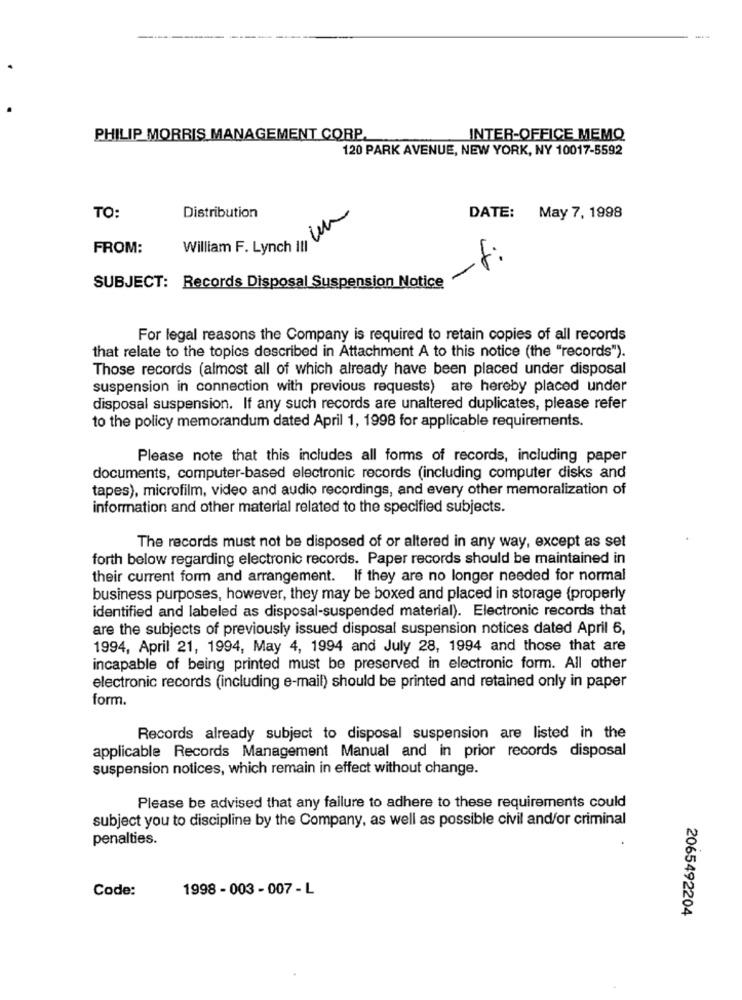
PHILIP MORRIS MANAGEMENT CORP.
INTER-OFFICE MEMQ
120 PARK AVENUE, NEW YORK, NY 10017-5592
TO:
Distribution
DATE: May 7, 1998
William F. Lynch , Un
FROM:
-f:
SUBJECT: Records Disposal Suspension Notice
For legal reasons the Company is required to retain copies of all records
that relate to the topics described in Attachment A to this notice (the "records").
Those records (almost all of which already have been placed under disposal
suspension in connection with previous requests) are hereby placed under
disposal suspension. If any such records are unaltered duplicates, please refer
to the policy memorandum dated April 1, 1998 for applicable requirements.
Please note that this includes all forms of records, including paper
documents, computer-based electronic records (including computer disks and
tapes), microfilm, video and audio recordings, and every other memoralization of
information and other material related to the specified subjects.
The records must not be disposed of or altered in any way, except as set
forth below regarding electronic records. Paper records should be maintained in
their current form and arrangement. If they are no longer needed for normal
business purposes, however, they may be boxed and placed in storage (properly
identified and labeled as disposal-suspended material). Electronic records that
are the subjects of previously issued disposal suspension notices dated April 6,
1994, April 21, 1994, May 4, 1994 and July 28, 1994 and those that are
incapable of being printed must be preserved in electronic form. All other
electronic records (including e-mail) should be printed and retained only in paper
form.
Records already subject to disposal suspension are listed in the
applicable Records Management Manual and in prior records disposal
suspension notices, which remain in effect without change.
Please be advised that any failure to adhere to these requirements could
subject you to discipline by the Company, as well as possible civil and/or criminal
penalties.
Code:
1998 - 003 - 007 - L
2065492204